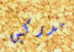
مدركين